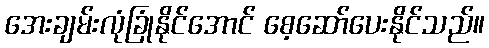
အေးချမ်းလုံခြုံနိုင်အောင် စေ့ဆော်ပေးနိုင်သည်။